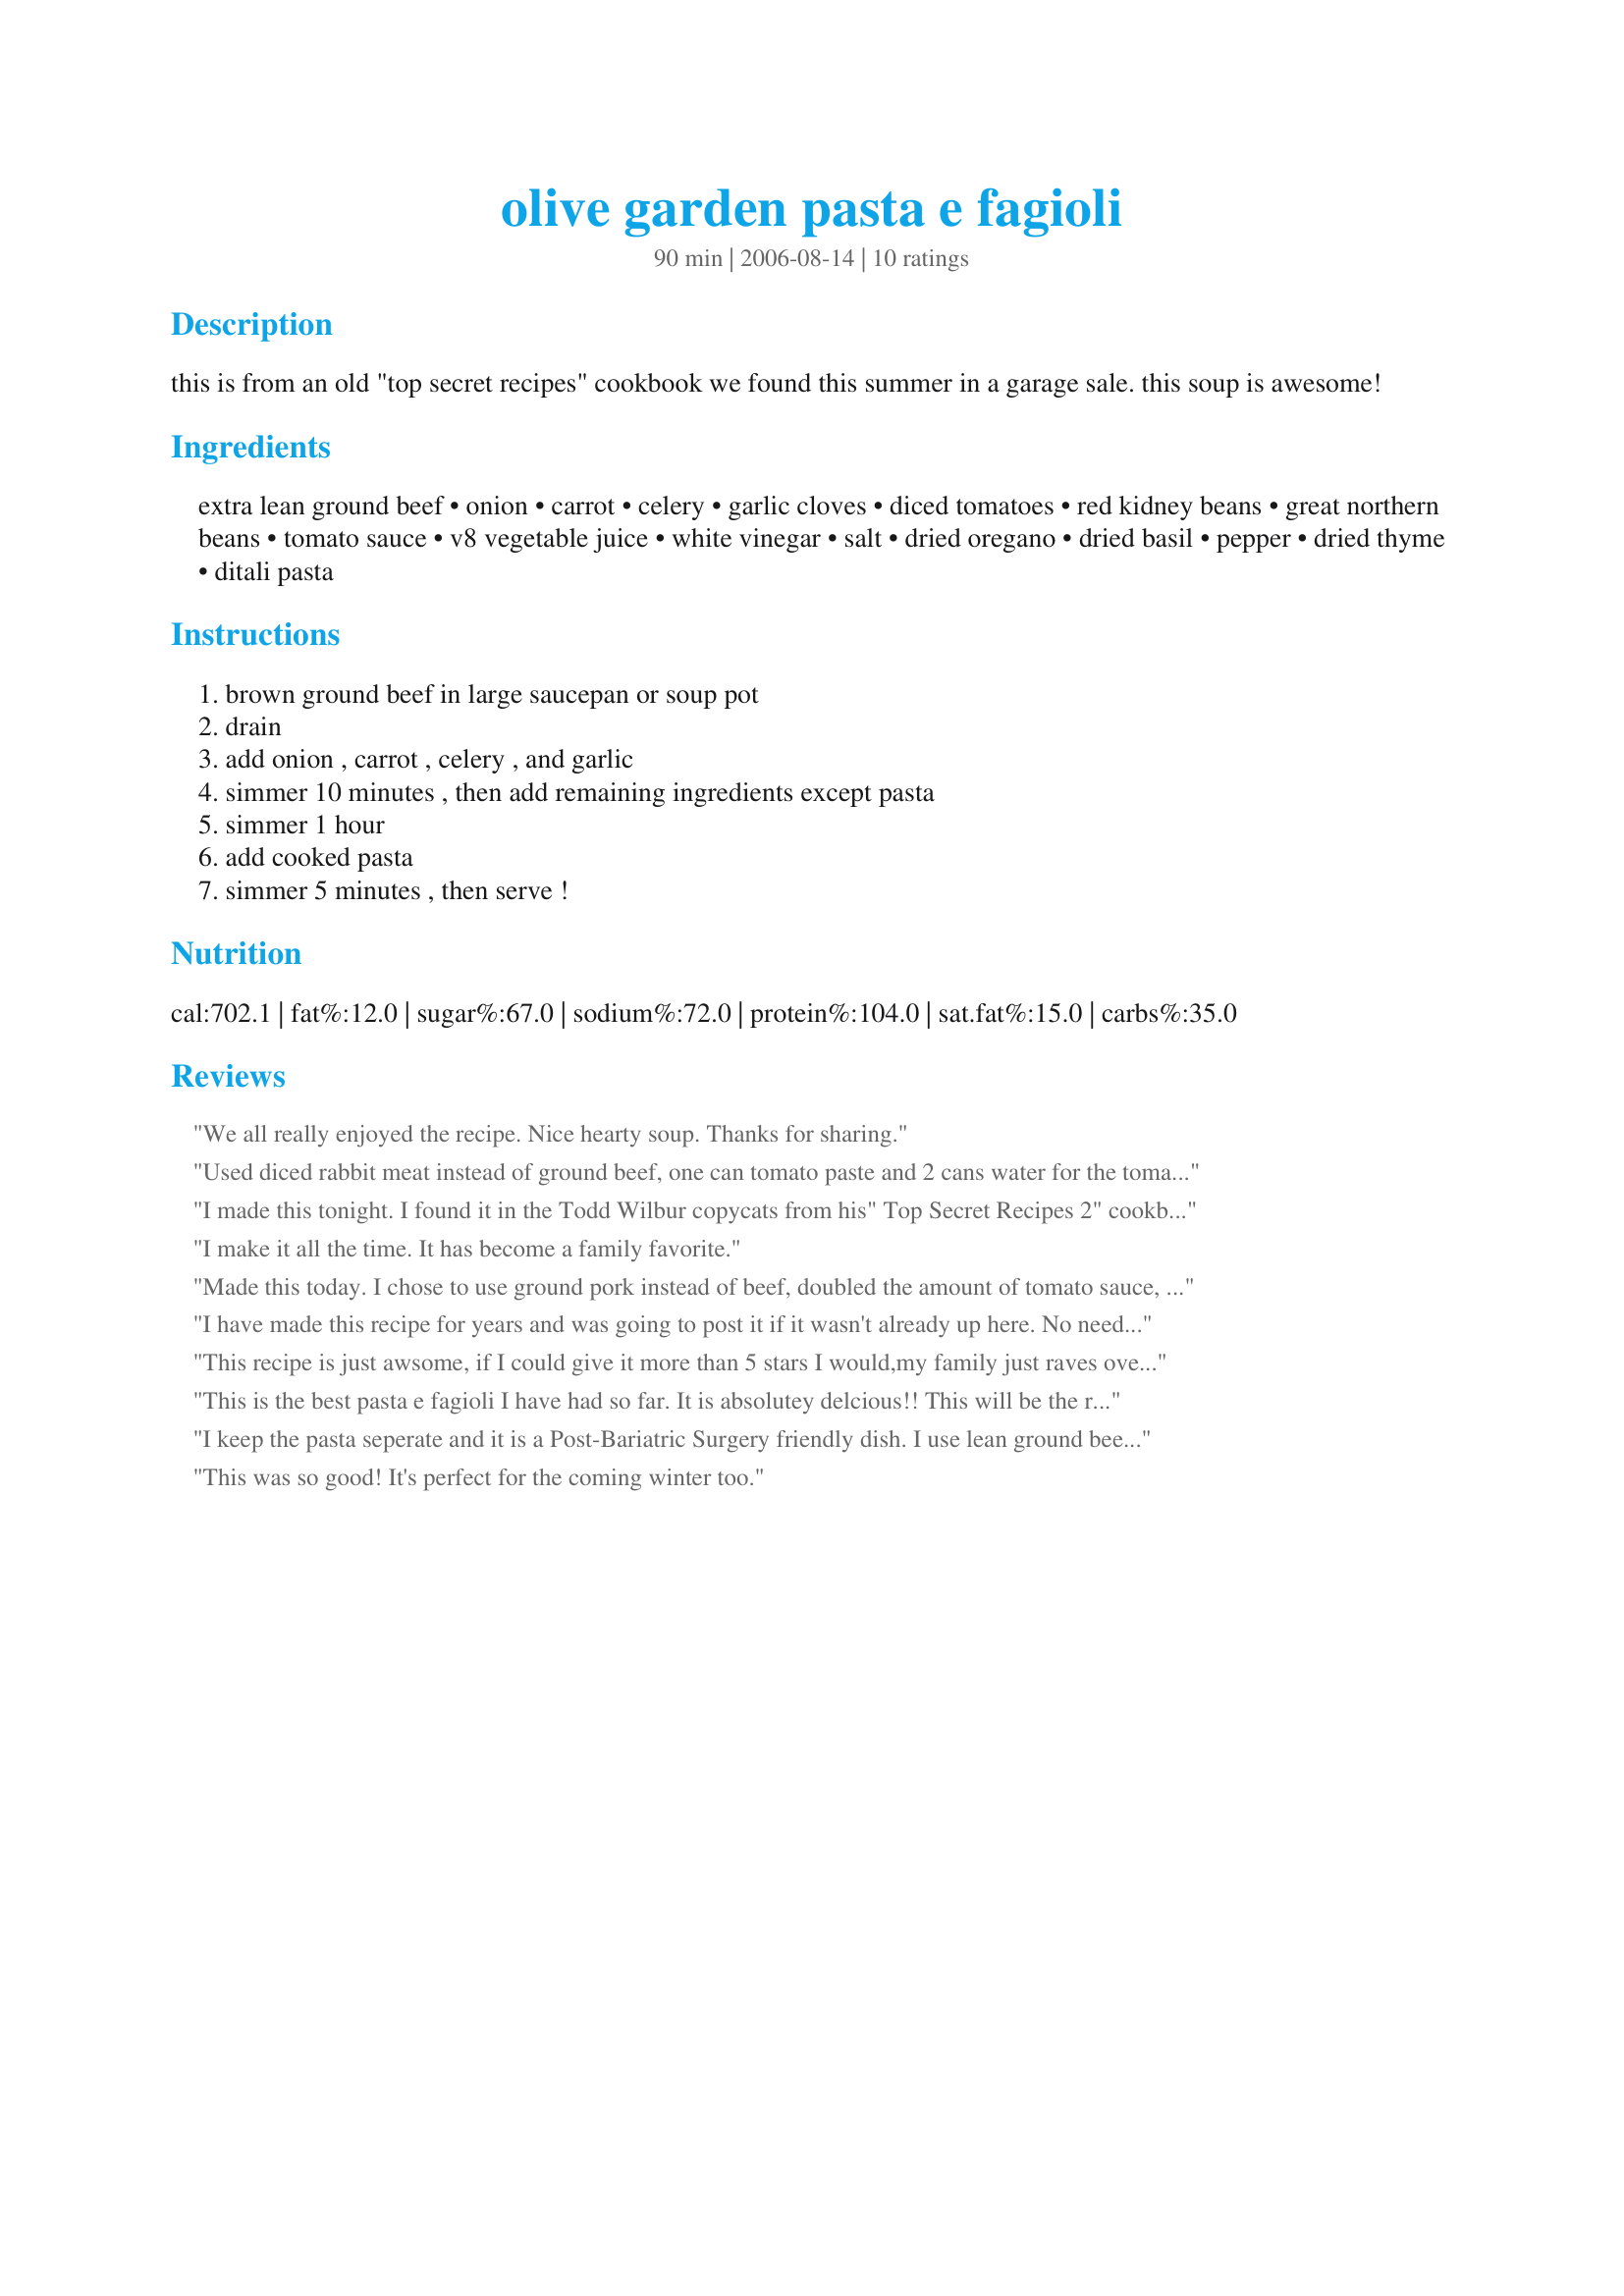
olive garden pasta e fagioli
Preparation time: 90 minutes

this is from an old "top secret recipes" cookbook we found this summer in a garage sale. this soup is awesome!

Ingredients:
extra lean ground beef, onion, carrot, celery, garlic cloves, diced tomatoes, red kidney beans, great northern beans, tomato sauce, v8 vegetable juice, white vinegar, salt, dried oregano, dried basil, pepper, dried thyme, ditali pasta

Steps:
brown ground beef in large saucepan or soup pot, drain, add onion , carrot , celery , and garlic, simmer 10 minutes , then add remaining ingredients except pasta, simmer 1 hour, add cooked pasta, simmer 5 minutes , then serve !

Reviews:
We all really enjoyed the recipe. Nice hearty soup. Thanks for sharing.
Used diced rabbit meat instead of ground beef, one can tomato paste and 2 cans water for the tomato sauce, just carrots because I didn't have any celery. I don't know what kind of pasta that is - I used medium shells. I've never had this at Olive Garden so I don't know how it compares to that but my family really liked it.
I made this tonight. I found it in the Todd Wilbur copycats from his" Top Secret Recipes 2" cookbook. It was delicious. I doubled the recipe and served 10 people and have a lot left over to make into lunches. Everyone loved it and wanted the recipe. This one is a keeper. The dicing and julienning get tedious but are WELL worth it. You will love it. I think it really is the real copycat. It tastes just like the Olive Garden version. By the way Great Northern beans are white kidney beans or cannelloni beans. Rachie P ,thanks for posting this so I could review it. Enjoy! ChefDLH
I make it all the time. It has become a family favorite.
Made this today. I chose to use ground pork instead of beef, doubled the amount of tomato sauce, omitted the V-8 and reduced the pasta to one cup. Other than that I kept it the same. Soooo tasty! Thanks for sharing!
I have made this recipe for years and was going to post it if it wasn't already up here. No need to tweak to recipe, it's perfect! Think I'll make some tonite.....
This recipe is just awsome, if I could give it more than 5 stars I would,my family just raves over this when I make it. It may seem like alot of ingred. and work but it is not and well worth the effort to make.
This is the best pasta e fagioli I have had so far. It is absolutey delcious!! This will be the recipe I choose each time I make this.
I keep the pasta seperate and it is a Post-Bariatric Surgery friendly dish. I use lean ground beef and reduced sodium V8. I also purchase the match-stick carrots, it reduces the amount of chopping I have to do. I make this on a Sunday, for a quick Monday night meal. It is really delicious, my whole family likes it. I cook noodles seperately and my family can add it to the bowl before adding the soup if they want to. If your left overs are too thick, add more V8, it adds broth without taking any flavor away! Looking forward to my leftovers for lunch in a few hours!
This was so good! It's perfect for the coming winter too.
